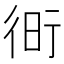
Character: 𧗧